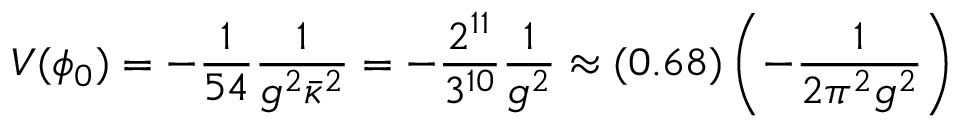
V ( \phi _ { 0 } ) = - \frac { 1 } { 5 4 } \frac { 1 } { g ^ { 2 } \bar { \kappa } ^ { 2 } } = - \frac { 2 ^ { 1 1 } } { 3 ^ { 1 0 } } \frac { 1 } { g ^ { 2 } } \approx ( 0 . 6 8 ) \left( - \frac { 1 } { 2 \pi ^ { 2 } g ^ { 2 } } \right)